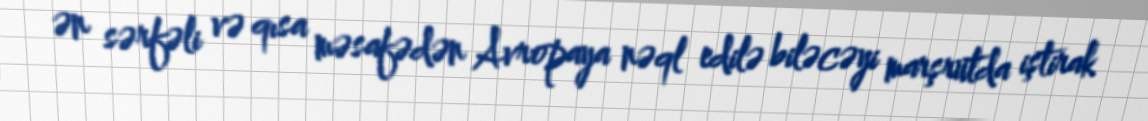
ən sərfəli və qısa məsafədən Avropaya nəql edilə biləcəyi marşrutda iştirak